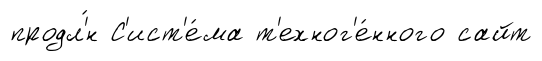
продл'́н С'ист'е́ма т'ехног'е́нного сайт